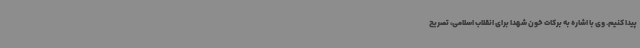
پیدا کنیم. وی با اشاره به برکات خون شهدا برای انقلاب اسلامی، تصریح